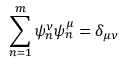
\sum _ { n = 1 } ^ { m } \psi _ { n } ^ { \nu } \psi _ { n } ^ { \mu } = \delta _ { \mu \nu }